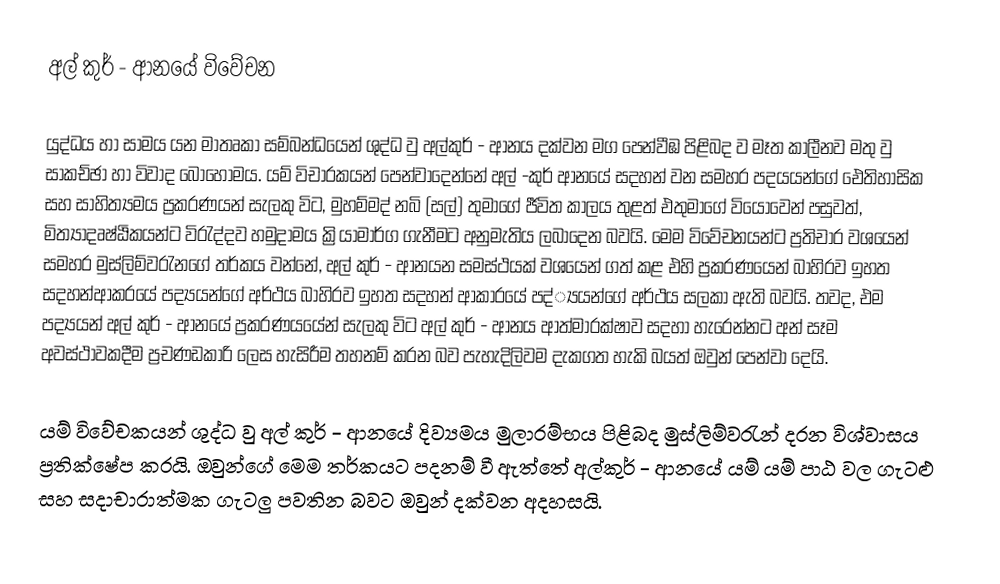
අල් කුර් - ආනයේ විවේචන

යුද්ධය හා සාමය යන මාතෘකා සම්බන්ධයෙන් ශුද්ධ වු අල්කුර් - ආනය දක්වන මග පෙන්වීඹ පිළිබද ව මෑත කාලීනව මතු වු සාකච්ඡා හා විවාද බොහෝමය. යම් විචාරකයන් පෙන්වාදෙන්නේ අල් -කුර් ආනයේ සදහන් වන සමහර පදයයන්ගේ ඓතිහාසික සහ සාහිත්‍යමය ප්‍රකරණයන් සැලකු විට, මුහම්මද් නබි (සල්) තුමාගේ ජීවිත කාලය තුළත් එතුමාගේ වියෝවෙන් පසුවත්, මිත්‍යාදෘෂ්ඨිකයන්ට විරැද්දව හමුදාමය ක්‍රියාමාර්ග ගැනීමට අනුමැතිය ලබාදෙන බවයි. මෙම විවේචනයන්ට ප්‍රතිචාර වශයෙන් සමහර මුස්ලිම්වරැනගේ තර්කය වන්නේ, අල් කුර් - ආනයන සමස්ථයක් වශයෙන් ගත් කළ එහි ප්‍රකරණයෙන් බාහිරව ඉහත සදහන්ආකරයේ පද්‍යයන්ගේ අර්ථය බාහිරව ඉහත සදහන් ආකාරයේ පද්්‍යයන්ගේ අර්ථය සලකා ඇති බවයි. තවද, එම පද්‍යයන් අල් කුර් - ආනයේ ප්‍රකරණයයේන් සැලකු විට අල් කුර් - ආනය ආත්මාරක්ෂාව සදහා හැරෙන්නට අන් සෑම අවස්ථාවකදීම ප්‍රචණඩකාරි ලෙස හැසිරීම තහනම් කරන බව පැහැදිලිවම දැකගත හැකි බයත් ඔවුන් පෙන්වා දෙයි.

	යම් විවේචකයන් ශුද්ධ වු අල් කුර් - ආනයේ දිව්‍යමය මුලාරම්භය පිළිබද මුස්ලිම්වරැන් දරන විශ්වාසය ප්‍රතික්ෂේප කරයි. ඔවුන්ගේ මෙම තර්කයට පදනම් වී ඇත්තේ අල්කුර් - ආනයේ යම් යම් පාඨ  වල ගැටළු සහ සදාචාරාත්මක ගැටලු පවතින බවට ඔවුන් දක්වන අදහසයි.